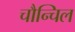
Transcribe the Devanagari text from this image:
चौन्चिल